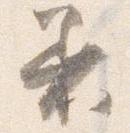
着